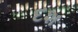
દશ